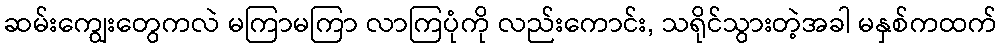
ဆမ်းကျွေးတွေကလဲ မကြာမကြာ လာကြပုံကို လည်းကောင်း, သရိုင်သွားတဲ့အခါ မနှစ်ကထက်